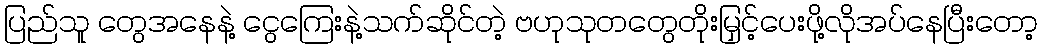
ပြည်သူ တွေအနေနဲ့ ငွေကြေးနဲ့သက်ဆိုင်တဲ့ ဗဟုသုတတွေတိုးမြှင့်ပေးဖို့လိုအပ်နေပြီးတော့